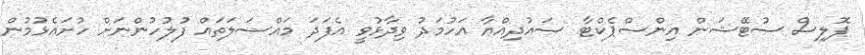
ޕޮލިސް ސުޓޭޝަން އިންސްޕެކްޓާ ސައުދިއްޔާ އަހުމަދު ވިދާޅުވީ އެފަދަ މައްސަލަތައް ފުލުހުންނަށް ހުށައެޅުމުން